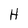
Character: H